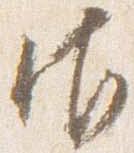
御